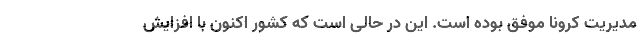
مدیریت کرونا موفق بوده است. این در حالی است که کشور اکنون با افزایش